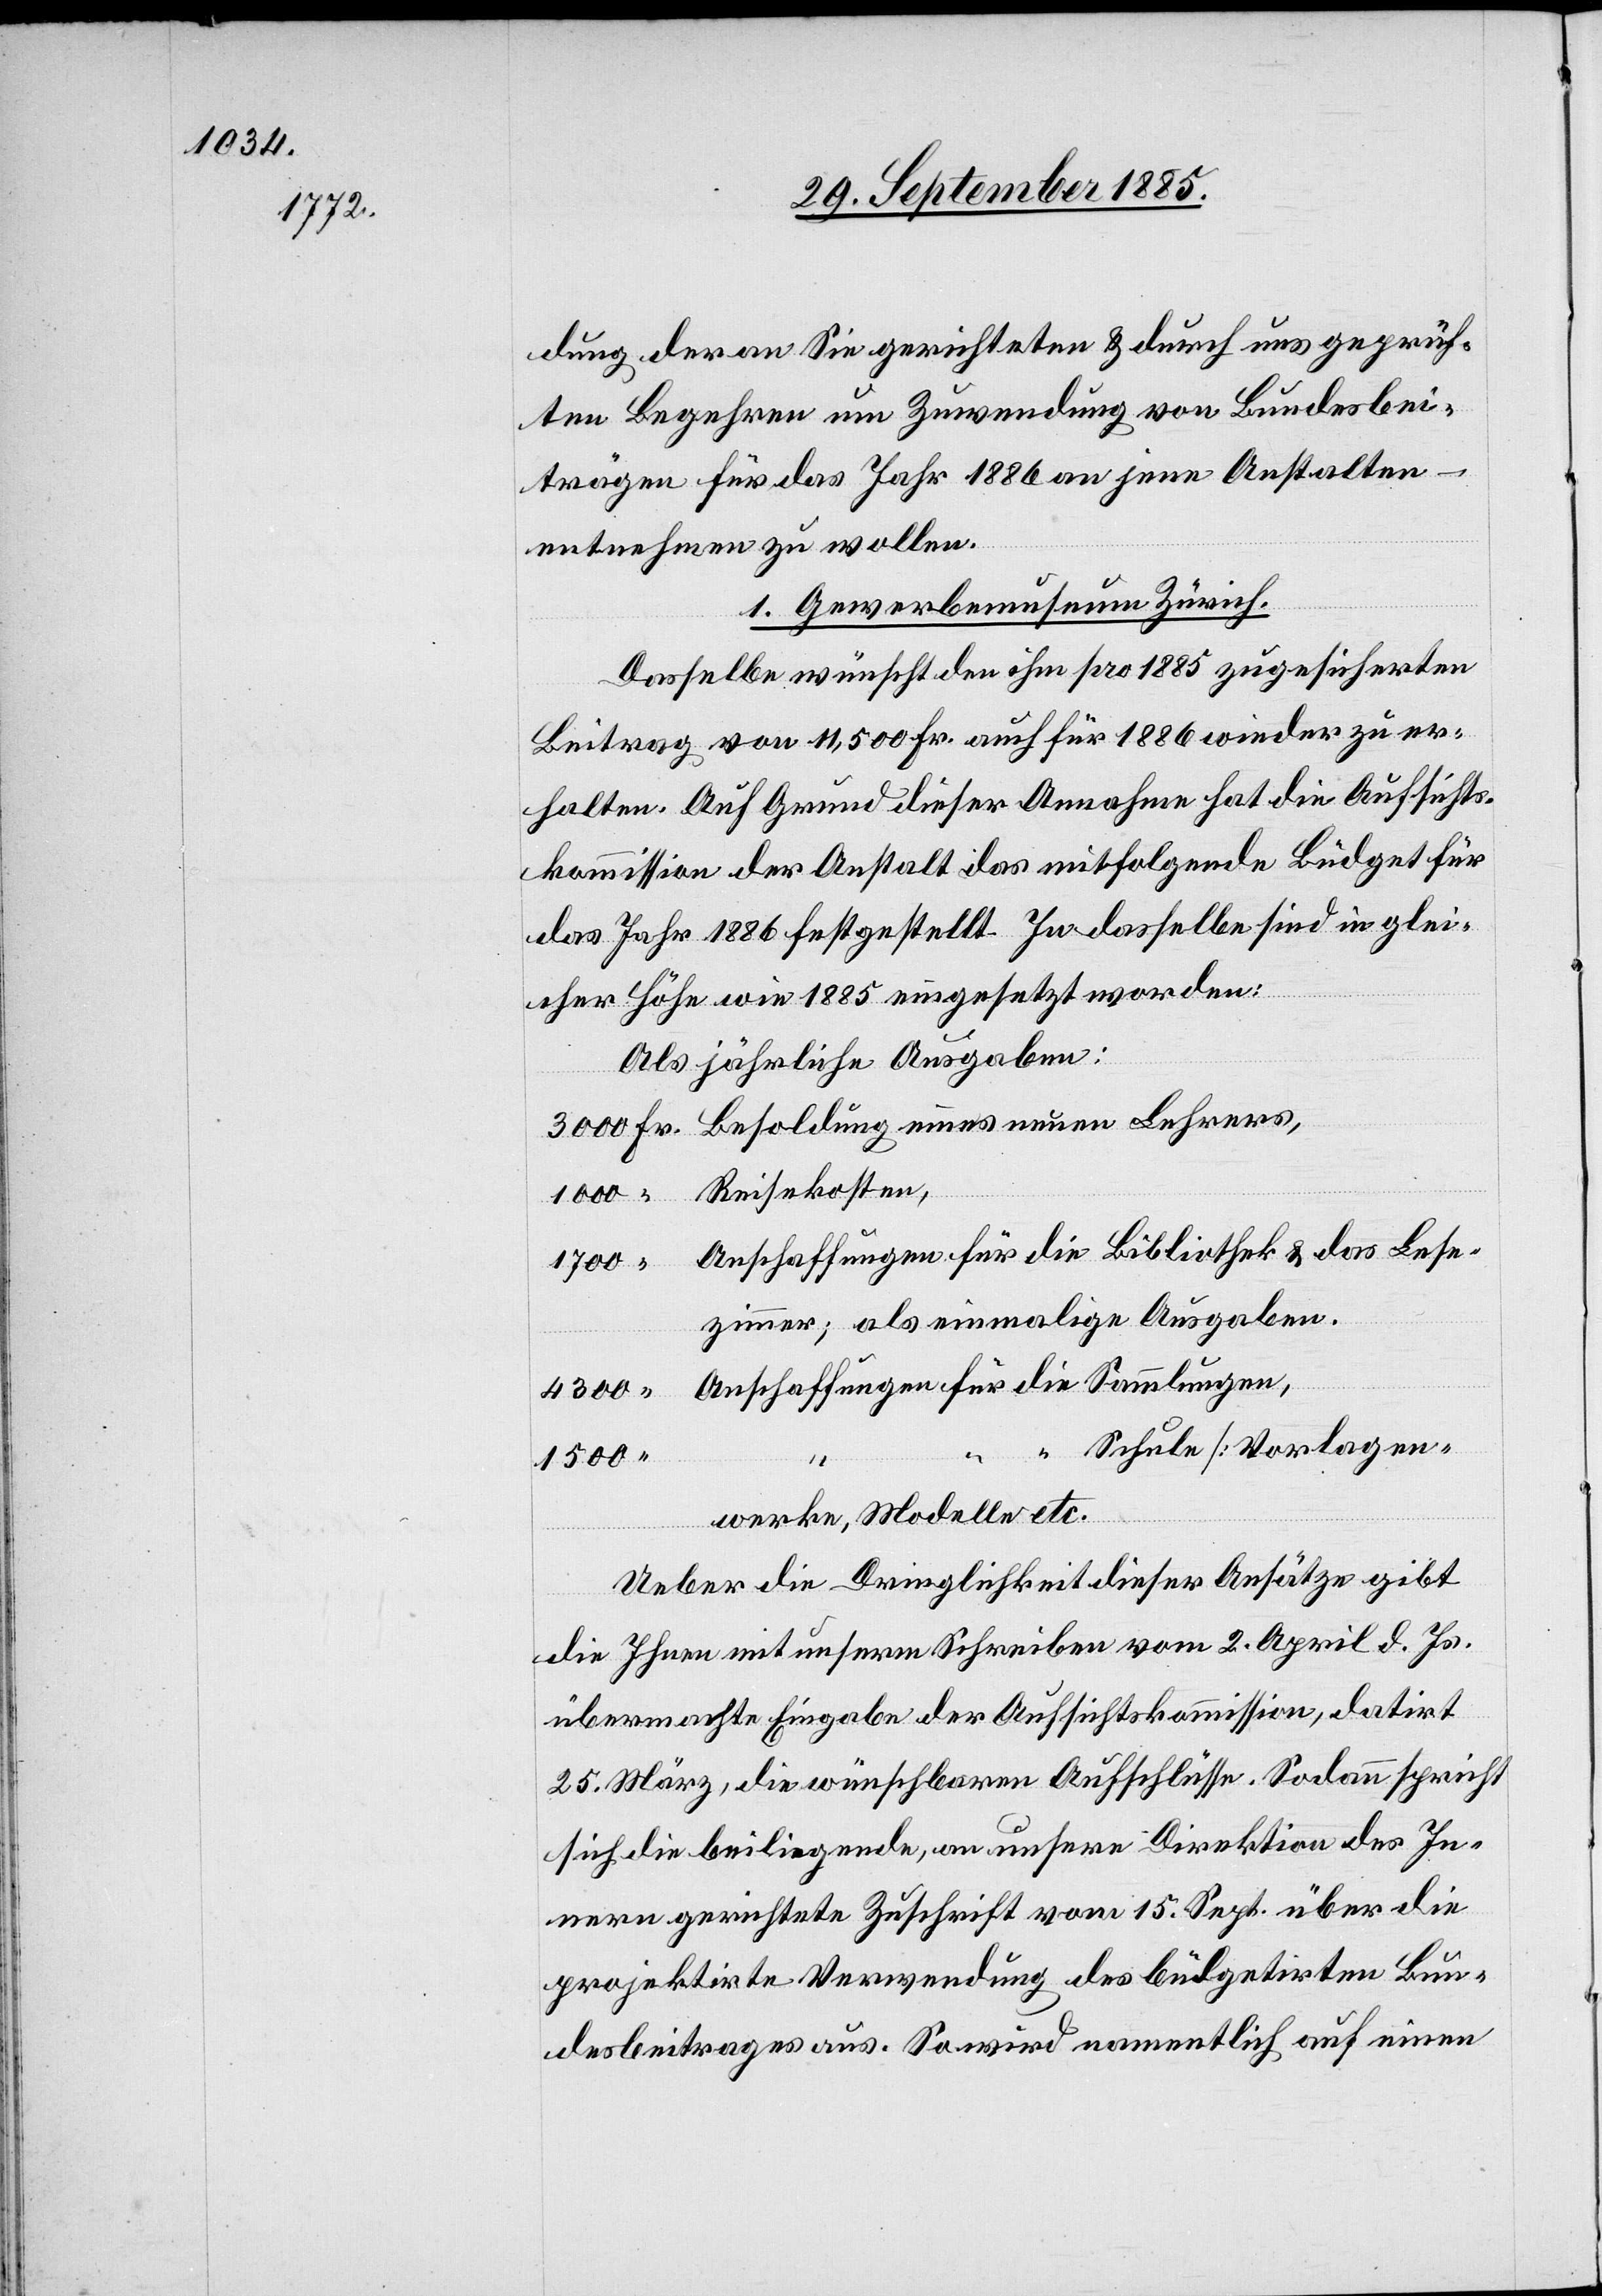
dung der an Sie gerichteten & durch uns geprüf¬
ten Begehren um Zuwendung von Bundesbei¬
trägen für das Jahr 1886 an jene Anstalten –
entnehmen zu wollen.
1. Gewerbemuseum Zürich.
Dasselbe wünscht den ihm pro 1885 zugesicherten
Beitrag von 11,500 Fr. auch für 1886 wieder zu er¬
halten. Auf Grund dieser Annahme hat die Aufsichts¬
kommission der Anstalt das mitfolgende Büdget für
das Jahr 1886 festgestellt. In dasselbe sind in glei¬
cher Höhe wie 1885 eingesetzt worden.
Als jährliche Ausgaben:
Anschaffungen für die Bibliothek & das Lese¬
1700
zimmer; als einmalige Ausgaben.
“
Schule [Vorlagen¬
1500
werke, Modelle etc.]
Ueber die Dringlichkeit dieser Ansätze gibt
Lehre¬
die Ihnen mit unserm Schreiben vom 2. April d. Js.
übermachte Eingabe der Aufsichtskommission, datiert
25. März, die wünschbaren Aufschlüsse. Sodann spricht
sich die beiliegende, an unsere Direktion des In¬
nern gerichtete Zuschrift vom 15. Sept. über die
projektirte Verwendung des büdgetirten Bun¬
desbeitrages aus. So wird namentlich auf einen